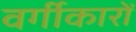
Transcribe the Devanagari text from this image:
वर्गीकारों